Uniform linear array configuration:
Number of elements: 48
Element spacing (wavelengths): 0.5
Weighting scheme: binomial
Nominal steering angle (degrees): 15
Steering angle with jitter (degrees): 15.728
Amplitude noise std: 0.05
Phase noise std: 0.05

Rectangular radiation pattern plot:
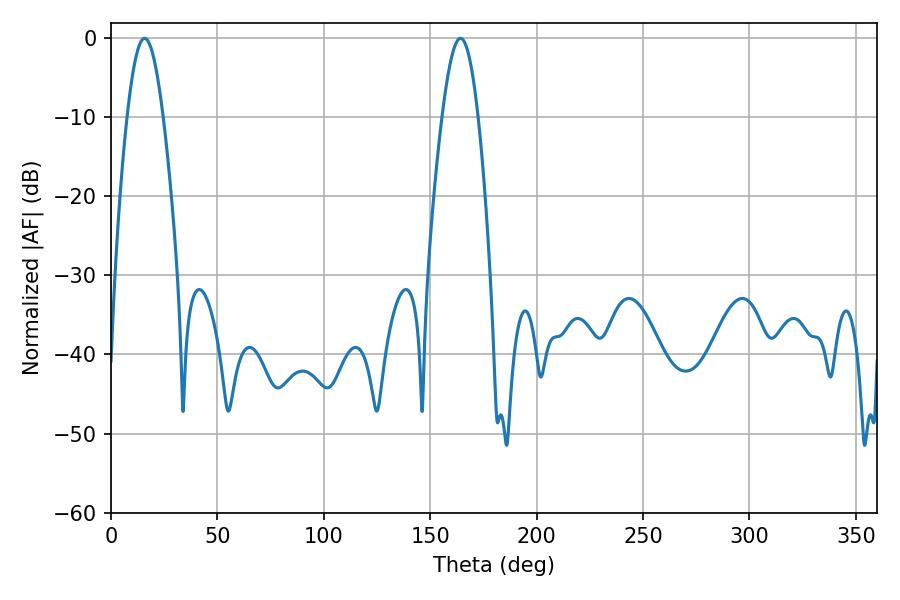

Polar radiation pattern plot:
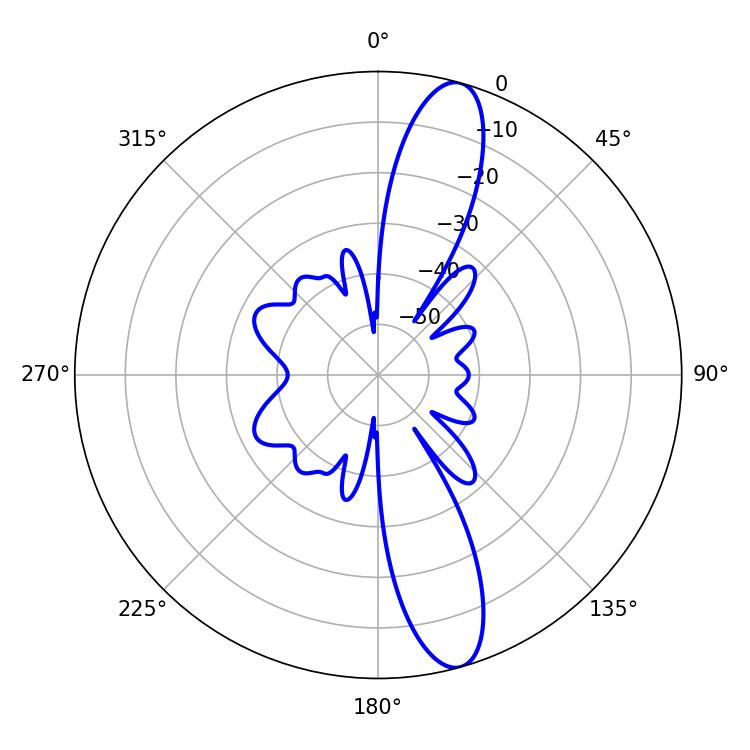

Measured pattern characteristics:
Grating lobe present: FALSE
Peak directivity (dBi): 13.251
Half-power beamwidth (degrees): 9
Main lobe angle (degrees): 15.84